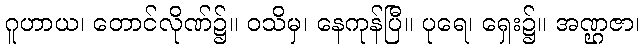
ဂူဟာယ၊ တောင်လိုဏ်၌။ ဝသိမှ၊ နေကုန်ပြီ။ ပုရေ၊ ရှေး၌။ အဏ္ဌဇာ၊